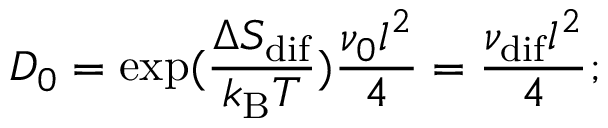
D _ { 0 } = \exp ( \frac { \Delta S _ { \mathrm { d i f } } } { k _ { \mathrm { B } } T } ) \frac { \nu _ { 0 } l ^ { 2 } } { 4 } = \frac { \nu _ { \mathrm { d i f } } l ^ { 2 } } { 4 } ;